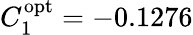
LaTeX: C_{1}^{\mathrm{{opt}}}=-0.1276